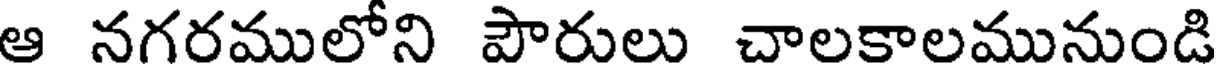
ఆ నగరములోని పౌరులు చాలకాలమునుండి